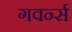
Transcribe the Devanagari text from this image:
गवर्न्स